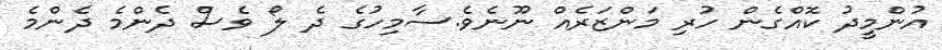
އުންމީދު ކޮއްގެން ހުރި މަންޒަރެއް ނޫނެވެ.ސާމިހުގެ ދެ ލޯ ވެސް ދެންމެ ދެންމެ